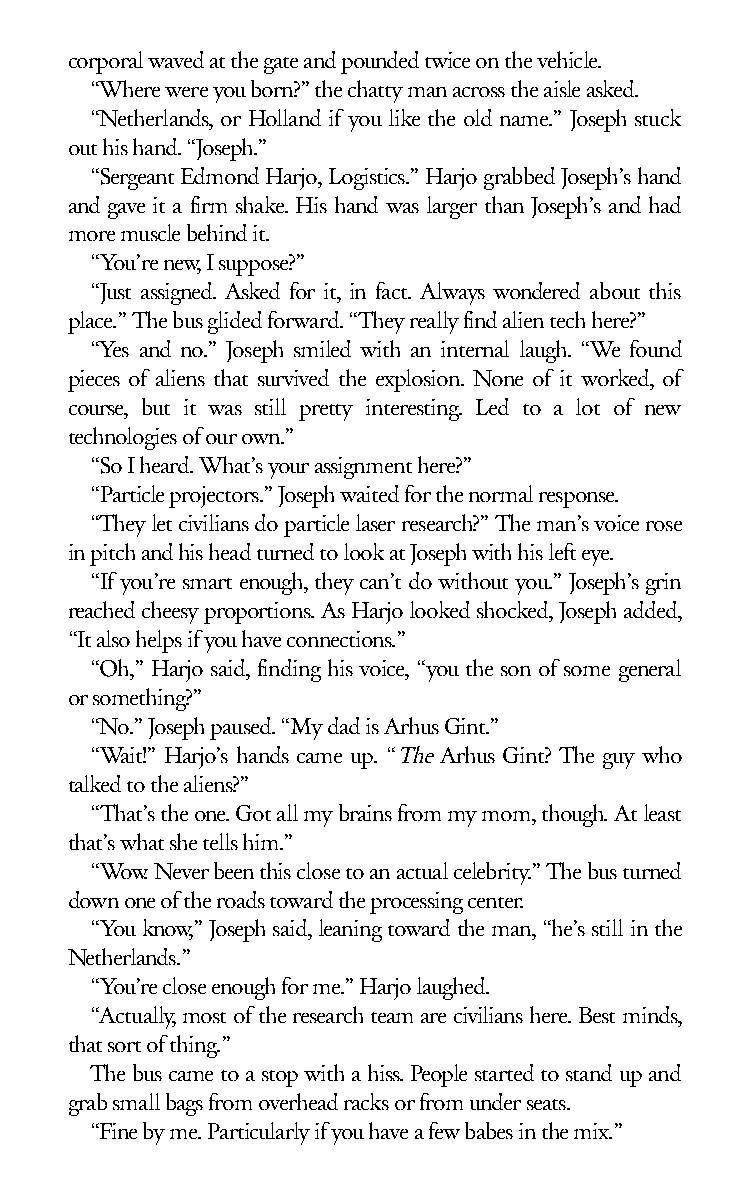
corporal waved at the gate and pounded twice on the vehicle.
 “Where were you born?” the chatty man across the aisle asked.
 “Netherlands, or Holland if you like the old name.” Joseph stuck
 out his hand. “Joseph.”
 “Sergeant Edmond Harjo, Logistics.” Harjo grabbed Joseph’s hand
 and gave it a firm shake. His hand was larger than Joseph’s and had
 more muscle behind it.
 “You’re new, I suppose?”
 “Just assigned. Asked for it, in fact. Always wondered about this
 place.” The bus glided forward. “They really find alien tech here?”
 “Yes and no.” Joseph smiled with an internal laugh. “We found
 pieces of aliens that survived the explosion. None of it worked, of
 course, but it was still pretty interesting. Led to a lot of new
 technologies of our own.”
 “So I heard. What’s your assignment here?”
 “Particle projectors.” Joseph waited for the normal response.
 “They let civilians do particle laser research?” The man’s voice rose
 in pitch and his head turned to look at Joseph with his left eye.
 “If you’re smart enough, they can’t do without you.” Joseph’s grin
 reached cheesy proportions. As Harjo looked shocked, Joseph added,
 “It also helps if you have connections.”
 “Oh,” Harjo said, finding his voice, “you the son of some general
 or something?”
 “No.” Joseph paused. “My dad is Arhus Gint.”
 “Wait!” Harjo’s hands came up. “The Arhus Gint? The guy who
 talked to the aliens?”
 “That’s the one. Got all my brains from my mom, though. At least
 that’s what she tells him.”
 “Wow. Never been this close to an actual celebrity.” The bus turned
 down one of the roads toward the processing center.
 “You know,” Joseph said, leaning toward the man, “he’s still in the
 Netherlands.”
 “You’re close enough for me.” Harjo laughed.
 “Actually, most of the research team are civilians here. Best minds,
 that sort of thing.”
 The bus came to a stop with a hiss. People started to stand up and
 grab small bags from overhead racks or from under seats.
 “Fine by me. Particularly if you have a few babes in the mix.”